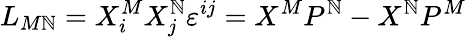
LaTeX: L_{M\mathbb{N}}=X_{i}^{M}X_{j}^{\mathbb{N}}\varepsilon^{ij}=X^{M}P^{\mathbb{N}}-X^{\mathbb{N}}P^{M}